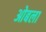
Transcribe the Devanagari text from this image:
ओबला